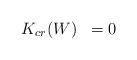
LaTeX: \begin{align*}\begin{array}{ll}K_{cr}(W) & = 0\end{array}\end{align*}